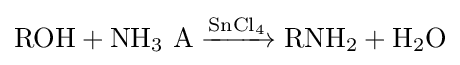
{\mathrm {ROH} {}+{}\mathrm {NH} {\vphantom {A}}_{\smash[{t}]{3}}~\mathrm {A} {}\mathrel {\xrightarrow {\mathrm {SnCl} {\vphantom {A}}_{\smash[{t}]{4}}} } {}\mathrm {RNH} {\vphantom {A}}_{\smash[{t}]{2}}{}+{}\mathrm {H} {\vphantom {A}}_{\smash[{t}]{2}}\mathrm {O} }